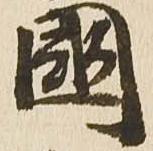
国